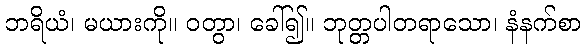
ဘရိယံ၊ မယားကို။ ဝတွာ၊ ခေါ်၍။ ဘုတ္တပါတရာသော၊ နံနက်စာ